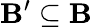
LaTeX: \mathbf{B}^{\prime}\subseteq\mathbf{B}